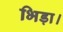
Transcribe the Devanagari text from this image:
भिड़ा।